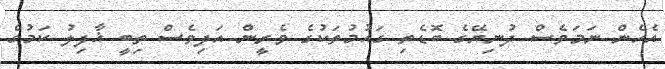
އެހެން ނަމަވެސް ދުނިޔޭގެ ބޮޑެތި ގައުމުތަކުގެ ވެރީން އަދިވެސް ތިބީ ޣާފިލު ކަމުގެ